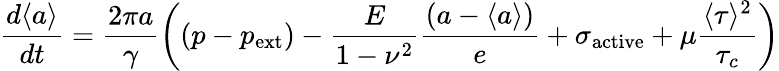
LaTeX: \frac{d\langle a\rangle}{dt}=\frac{2\pi a}{\gamma}\left((p-p_{\mathrm{ext}})-\frac{E}{1-\nu^{2}}\frac{\left(a-\langle a\rangle\right)}{e}+\sigma_{\mathrm{active}}+\mu\frac{\langle\tau\rangle^{2}}{\tau_{c}}\right)